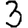
Digit: 3